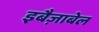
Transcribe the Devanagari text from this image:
इबैज़ाबेल